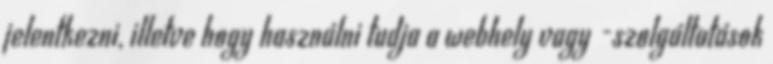
jelentkezni, illetve hogy használni tudja a webhely vagy -szolgáltatások